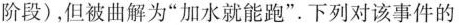
阶段)，但被曲解为”加水就能跑”。下列对该事件的